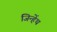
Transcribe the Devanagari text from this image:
जिन्हेंथ